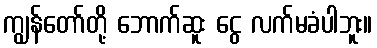
ကျွန်တော်တို့ ဘောက်ဆူး ငွေ လက်မခံပါဘူး။